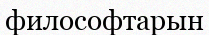
философтарын